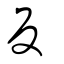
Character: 反